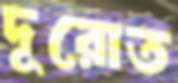
দূরোত